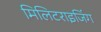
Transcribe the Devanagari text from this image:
मिलिटराइजिंग